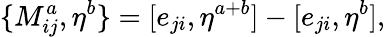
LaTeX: \{ M_{ij}^{a},\eta^{b}\} =[e_{ji},\eta^{a+b}]-[e_{ji},\eta^{b}],